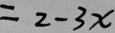
= 2 - 3 x